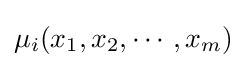
\mu _{i}(x_{1},x_{2},\cdots ,x_{m})